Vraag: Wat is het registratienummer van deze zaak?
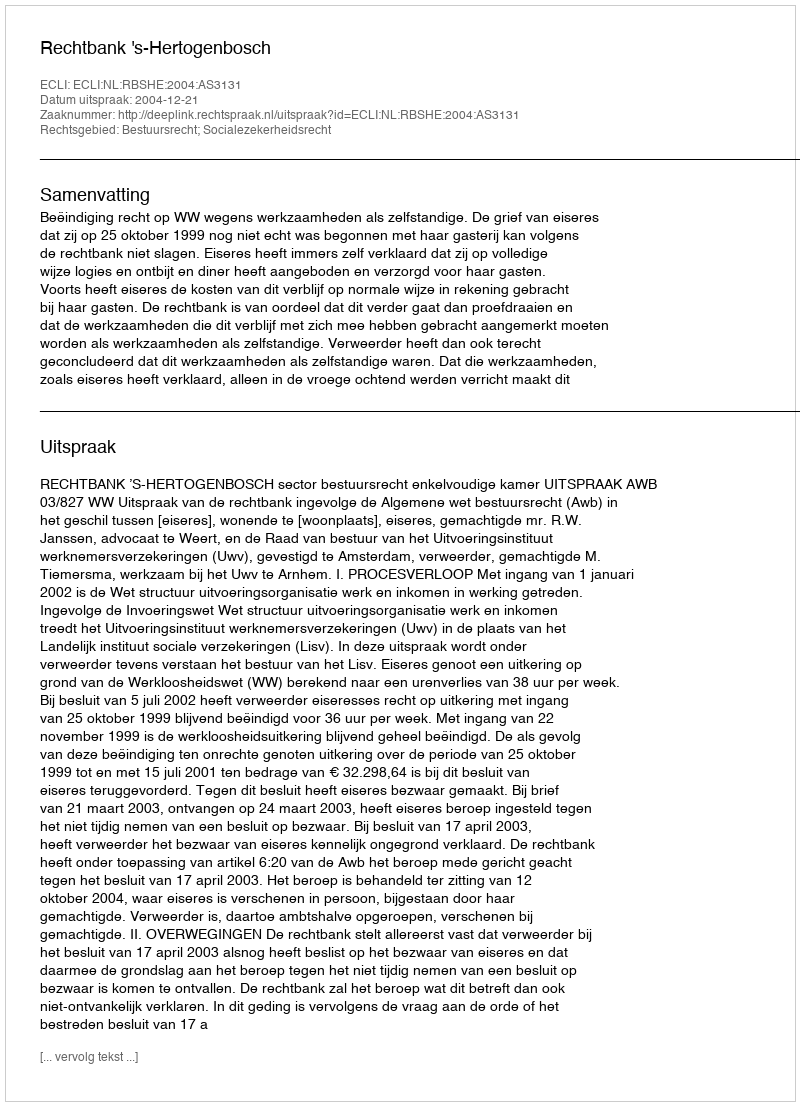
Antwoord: http://deeplink.rechtspraak.nl/uitspraak?id=ECLI:NL:RBSHE:2004:AS3131